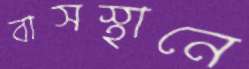
বাসস্থানে